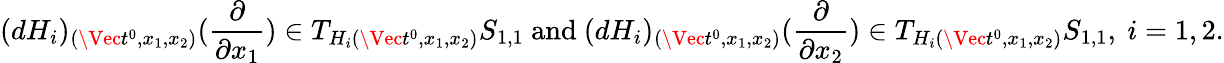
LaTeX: (dH_{i})_{(\Vec{t^{0}},x_{1},x_{2})}(\frac\partial{\partial x_{1}})\in T_{H_{i}(\Vec{t^{0}},x_{1},x_{2})}S_{1,1}\ \mathrm{and}\ (dH_{i})_{(\Vec{t^{0}},x_{1},x_{2})}(\frac\partial{\partial x_{2}})\in T_{H_{i}(\Vec{t^{0}},x_{1},x_{2})}S_{1,1},\ i=1,2.